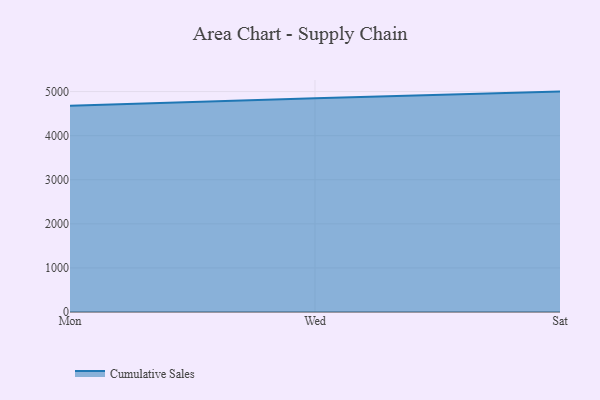
{"axis": {"x": "Day", "y": "Gross Profit (USD K)"}, "legend": ["Cumulative Sales"], "data": [{"x": "Mon", "y": 4680.4, "type": "Cumulative Sales"}, {"x": "Wed", "y": 4851.4, "type": "Cumulative Sales"}, {"x": "Sat", "y": 5000, "type": "Cumulative Sales"}]}